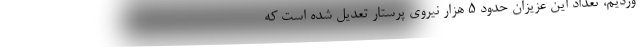
وردیم، تعداد این عزیزان حدود ۵ هزار نیروی پرستار تعدیل شده است که